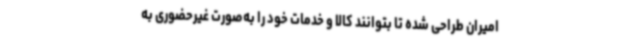
امیران طراحی شده تا بتوانند کالا و خدمات خود را به‌صورت غیرحضوری به